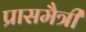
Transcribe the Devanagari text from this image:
प्रासमैत्री